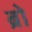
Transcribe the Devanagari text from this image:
ब्रो